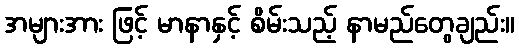
အများအား ဖြင့် မာနာနှင့် စိမ်းသည့် နာမည်တွေချည်း။